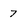
Character: 7